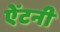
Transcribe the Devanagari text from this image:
ऐंटनी